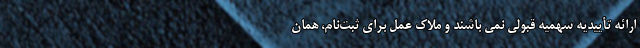
ارائه تأییدیه سهمیه قبولی نمی باشند و ملاک عمل برای ثبت‌نام، همان